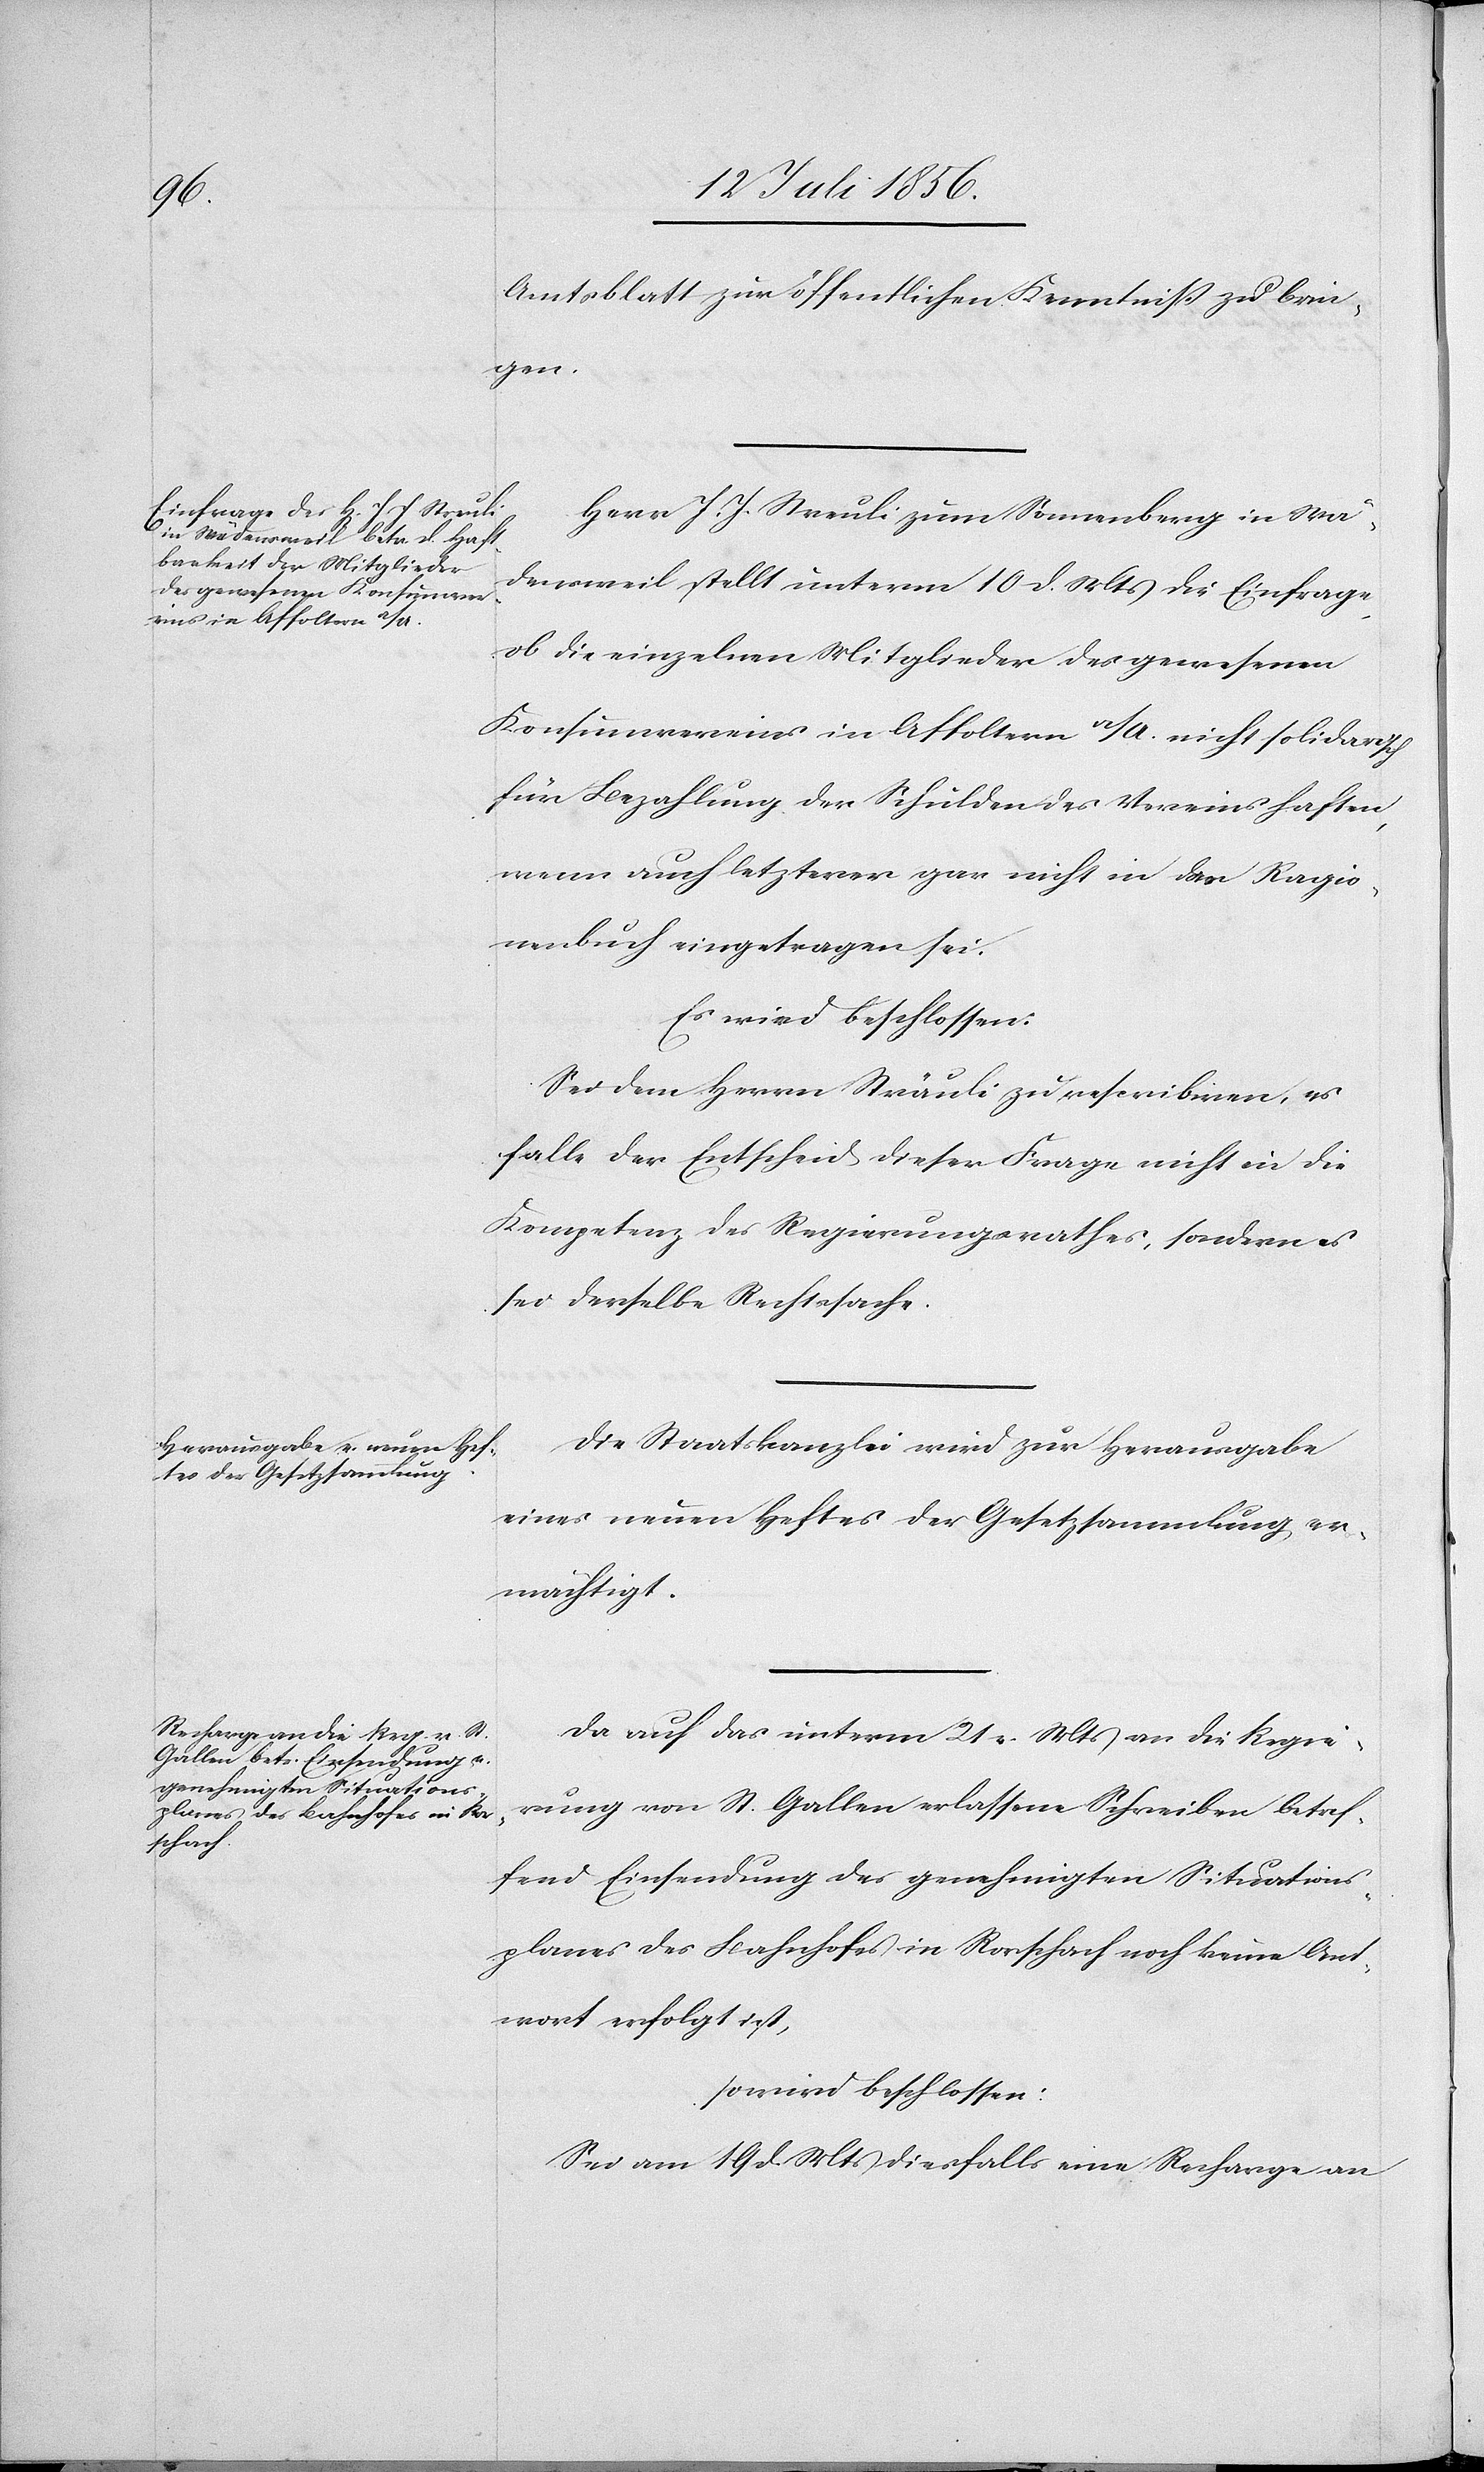
Amtsblatt zur öffentlichen Kenntniß zu brin¬
gen.
Herr J. J. Streuli zum Sonnenberg in Wä¬
densweil stellt unterm 10 d. Mts die Einfrage,
ob die einzelnen Mitglieder des gewesenen
Konsumvereins in Affoltern a/A. nicht solidarisch
für Bezahlung der Schulden des Vereins haften,
wenn auch letzterer gar nicht in das Ragio¬
nenbuch eingetragen sei.
Es sei beschlossen:
Sei dem Herrn Sträuli [sic!] zu rescribiren, es
falle der Entscheid dieser Frage nicht in die
Kompetenz des Regierungsrathes, sondern es
sei derselbe Rechtssache.
Die Staatskanzlei wird zur Herausgabe
eines neuen Heftes der Gesetzsammlung er¬
mächtigt.
Da auf das unterm 21 v. Mts an die Regie¬
rung von St. Gallen erlassene Schreiben betref¬
fend Einsendung des genehmigten Situations¬
planes des Bahnhofes in Rorschach noch keine Ant¬
wort erfolgt ist,
so wird beschlossen:
Sei am 19 d. Mts diesfalls eine Recharge an